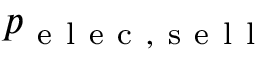
p _ { \mathrm { ~ e ~ l ~ e ~ c ~ } , \mathrm { ~ s ~ e ~ l ~ l ~ } }